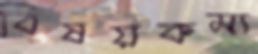
বিষয়কম্য